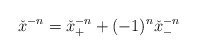
\begin{align*}{\check{x}}^{-n}={\check{x}}_+^{-n}+(-1)^n{\check{x}}_-^{-n}\end{align*}